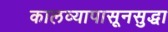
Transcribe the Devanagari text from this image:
कालव्यापासूनसुद्धा